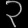
Digit: ၃